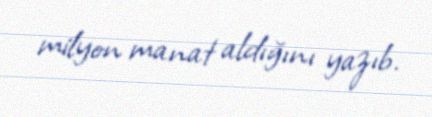
milyon manat aldığını yazıb.